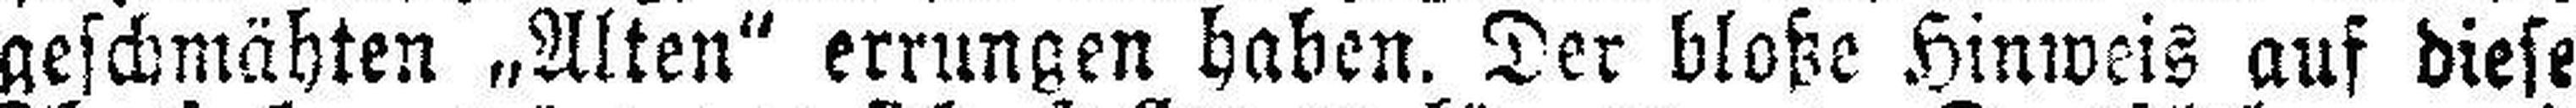
geschmähten „Alten“ errungen haben. Der bloße Hinweis auf diese